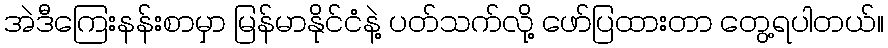
အဲဒီကြေးနန်းစာမှာ မြန်မာနိုင်ငံနဲ့ ပတ်သက်လို့ ဖော်ပြထားတာ တွေ့ရပါတယ်။